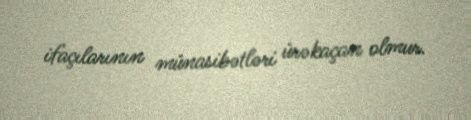
ifaçılarının münasibətləri ürəkaçan olmur.